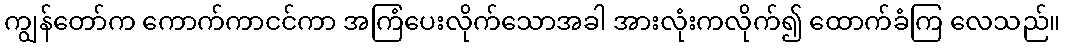
ကျွန်တော်က ကောက်ကာငင်ကာ အကြံပေးလိုက်သောအခါ အားလုံးကလိုက်၍ ထောက်ခံကြ လေသည်။